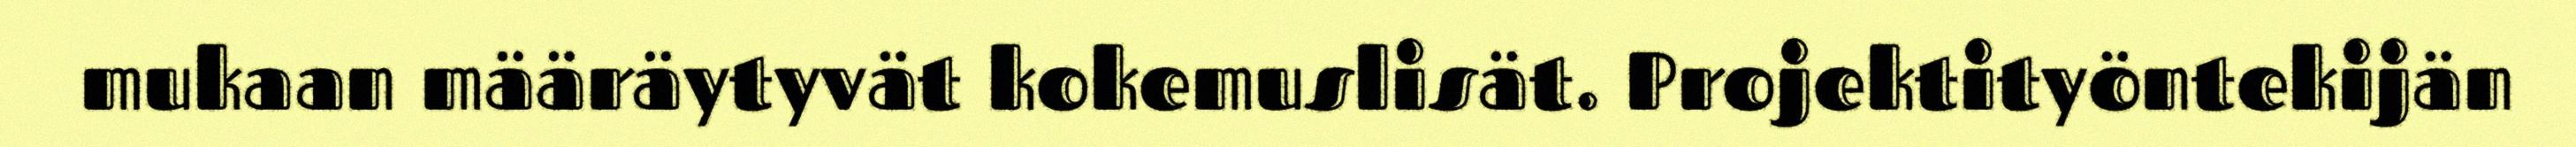
mukaan määräytyvät kokemuslisät. Projektityöntekijän